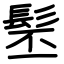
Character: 髬